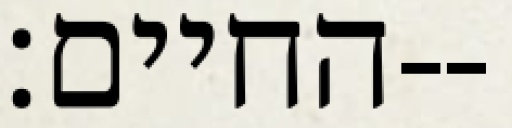
החיים׃--